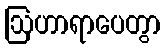
ဩဟာရာပေတွာ